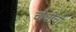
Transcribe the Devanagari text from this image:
चौथीची